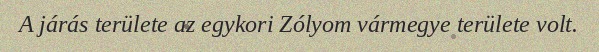
A járás területe az egykori Zólyom vármegye területe volt.